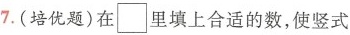
7.(培优题)在□里填上合适的数，使竖式